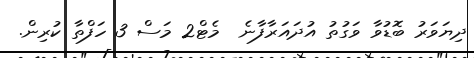
ދިޔަވަރު ބޮޑުވާ ވަގުތު އުދައަރާފާނެ  މެޓް2 މަސް 3 ހަފްތާ ކުރިން.